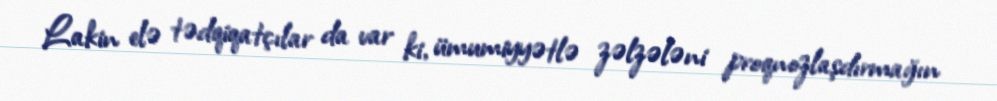
Lakin elə tədqiqatçılar da var ki, ümumiyyətlə zəlzələni proqnozlaşdırmağın